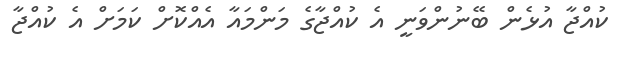
ކުއްޖާ އުޅެން ބޭނުންވަނީ އެ ކުއްޖާގެ މަންމައާ އެއްކޮށް ކަމަށް އެ ކުއްޖާ